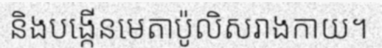
និងបង្កើនមេតាប៉ូលិសរាងកាយ។